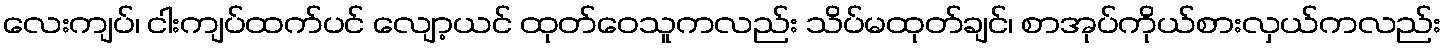
လေးကျပ်၊ ငါးကျပ်ထက်ပင် လျော့ယင် ထုတ်ဝေသူကလည်း သိပ်မထုတ်ချင်၊ စာအုပ်ကိုယ်စားလှယ်ကလည်း